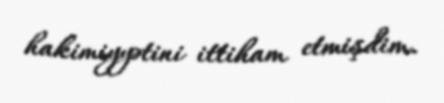
hakimiyyətini ittiham etmişdim.